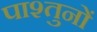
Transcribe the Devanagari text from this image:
पाश्तुनों